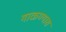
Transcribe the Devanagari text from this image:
गाळण्यास